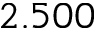
2 . 5 0 0